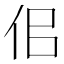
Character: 佀